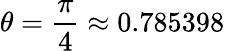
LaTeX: \theta=\frac{\pi}{4}\approx 0.785398